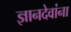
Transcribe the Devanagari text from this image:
ज्ञानदेवांना